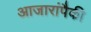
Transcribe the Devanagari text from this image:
आजारांपैकी